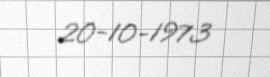
20-10-1973